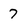
Character: 7